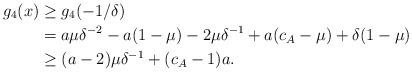
LaTeX: \begin{align*}g_4(x) &\geq g_4(-1/\delta) \\&= a \mu \delta^{-2} - a (1 -\mu) - 2 \mu \delta^{-1}+ a (c_A -\mu) + \delta(1 -\mu) \\&\geq (a - 2) \mu \delta^{-1} + (c_A - 1 )a .\end{align*}